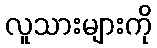
လူသားများကို